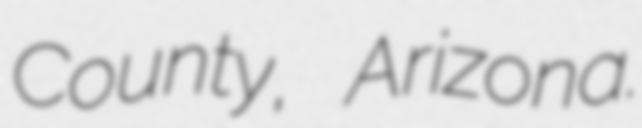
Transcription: County, Arizona.